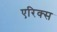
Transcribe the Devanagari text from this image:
एरिक्स